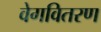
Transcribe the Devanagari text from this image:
वेगवितरण